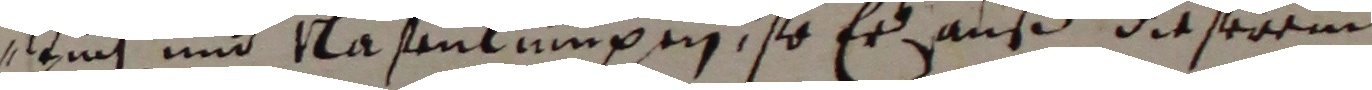
tuch und vasenlumpen, so er auß dieserem